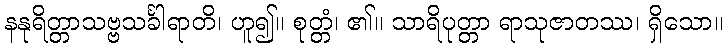
နနုရိတ္တာသဗ္ဗသင်္ခါရာတိ၊ ဟူ၍။ စုတ္တံ၊ ၏။ သာရိပုတ္တာ ရာသုဇာတဿ၊ ရှိသော။